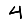
Digit: 4